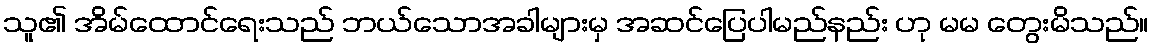
သူ၏ အိမ်ထောင်ရေးသည် ဘယ်သောအခါများမှ အဆင်ပြေပါမည်နည်း ဟု မမ တွေးမိသည်။